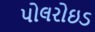
પોલરોઇડ